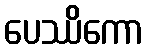
ပေဿိကော